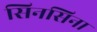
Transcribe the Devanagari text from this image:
सिनसिना